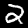
Label: 2